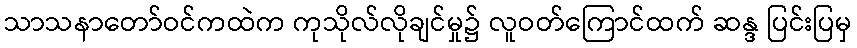
သာသနာတော်ဝင်ကထဲက ကုသိုလ်လိုချင်မှု၌ လူဝတ်ကြောင်ထက် ဆန္ဒ ပြင်းပြမှ